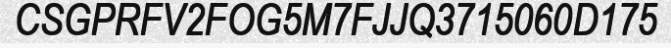
CSGPRFV2FOG5M7FJJQ3715060D175